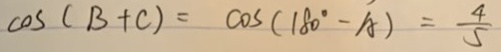
\cos ( B + C ) = \cos ( 1 8 0 ^ { \circ } - A ) = \frac { 4 } { 5 }